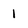
Character: 1